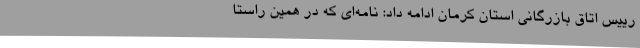
رییس اتاق بازرگانی استان کرمان ادامه داد: نامه‌ای که در همین راستا